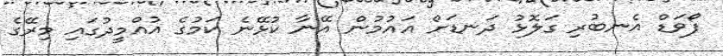
ފޯވަޑް އެނބުރި ގަލޮޅު ދަނޑަށް އައުމުން އޭނާ ކުޅޭނެ ކަމުގެ އުއްމީދުގައި މިރޭގެ